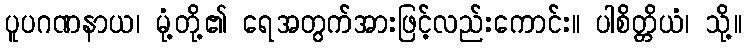
ပူပဂဏနာယ၊ မုံ့တို့၏ ရေအတွက်အားဖြင့်လည်းကောင်း။ ပါစိတ္တိယံ၊ သို့။